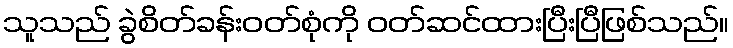
သူသည် ခွဲစိတ်ခန်းဝတ်စုံကို ဝတ်ဆင်ထားပြီးပြီဖြစ်သည်။